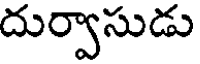
దుర్వాసుడు